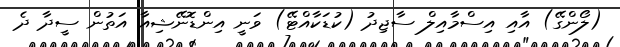
(ލޯންގޭ) އާއި އިސްމާއިލް ސާޖިދު (ކުޑަކާއްޓޭ) ވަނީ އިންޑޮނޭޝިއާ އަތުން ސީދާ ދެ